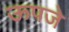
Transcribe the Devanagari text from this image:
ऊपजे